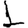
Digit: 1